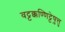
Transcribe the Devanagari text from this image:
वट्टक्कण्णिट्टेषु़त्तु